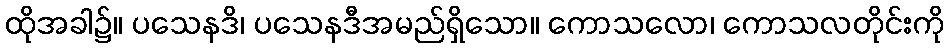
ထိုအခါ၌။ ပသေနဒိ၊ ပသေနဒီအမည်ရှိသော။ ကောသလော၊ ကောသလတိုင်းကို